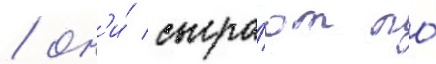
/ он'и́ сыгра́ют по́